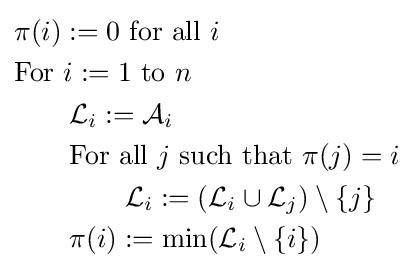
{\begin{aligned}&\pi (i):=0~{\mbox{for all}}~i\\&{\mbox{For}}~i:=1~{\mbox{to}}~n\\&\qquad {\mathcal {L}}_{i}:={\mathcal {A}}_{i}\\&\qquad {\mbox{For all}}~j~{\mbox{such that}}~\pi (j)=i\\&\qquad \qquad {\mathcal {L}}_{i}:=({\mathcal {L}}_{i}\cup {\mathcal {L}}_{j})\setminus \{j\}\\&\qquad \pi (i):=\min({\mathcal {L}}_{i}\setminus \{i\})\end{aligned}}